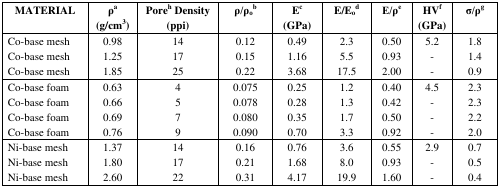
| MATERIAL | ρa(g/cm3) | Poreh Density(ppi) | ρ/ρob | Ec(GPa) | E/Eod | E/ρe | HVf(GPa) | σ/ρg |
 | --- | --- | --- | --- | --- | --- | --- | --- | --- |
 | Co-base mesh | 0.98 | 14 | 0.12 | 0.49 | 2.3 | 0.50 | 5.2 | 1.8 |
 | Co-base mesh | 1.25 | 17 | 0.15 | 1.16 | 5.5 | 0.93 | - | 1.4 |
 | Co-base mesh | 1.85 | 25 | 0.22 | 3.68 | 17.5 | 2.00 | - | 0.9 |
 | Co-base foam | 0.63 | 4 | 0.075 | 0.25 | 1.2 | 0.40 | 4.5 | 2.3 |
 | Co-base foam | 0.66 | 5 | 0.078 | 0.28 | 1.3 | 0.42 | - | 2.3 |
 | Co-base foam | 0.69 | 7 | 0.080 | 0.35 | 1.7 | 0.50 | - | 2.2 |
 | Co-base foam | 0.76 | 9 | 0.090 | 0.70 | 3.3 | 0.92 | - | 2.0 |
 | Ni-base mesh | 1.37 | 14 | 0.16 | 0.76 | 3.6 | 0.55 | 2.9 | 0.7 |
 | Ni-base mesh | 1.80 | 17 | 0.21 | 1.68 | 8.0 | 0.93 | - | 0.5 |
 | Ni-base mesh | 2.60 | 22 | 0.31 | 4.17 | 19.9 | 1.60 | - | 0.4 |